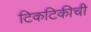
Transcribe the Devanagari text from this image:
टिकटिकीची